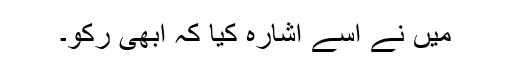
میں نے اسے اشارہ کیا کہ ابھی رکو۔